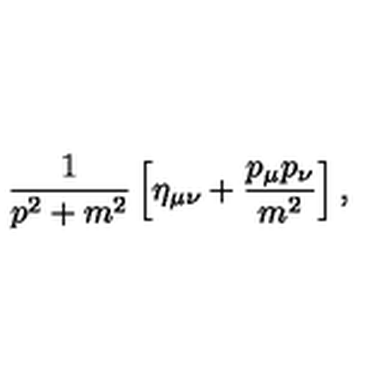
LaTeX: \frac { 1 } { p ^ { 2 } + m ^ { 2 } } \left[ \eta _ { \mu \nu } + \frac { p _ { \mu } p _ { \nu } } { m ^ { 2 } } \right] ,